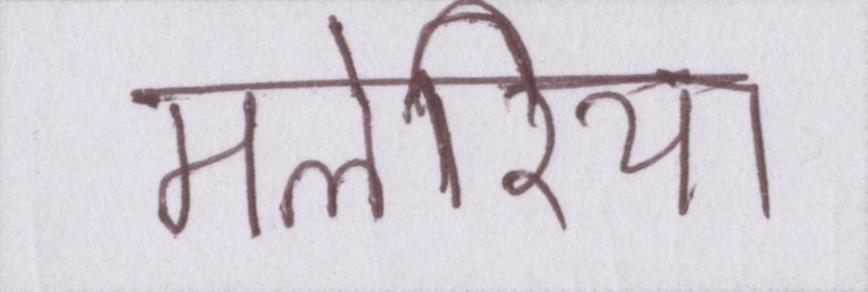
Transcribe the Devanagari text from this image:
मलेरिया